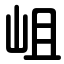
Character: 岨